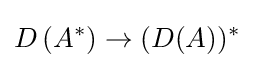
D\left(A^{*}\right)\to (D(A))^{*}